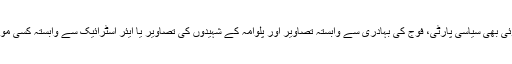
الیکشن کمیشن کی صاف ہدایت ہے کہ کوئی بھی سیاسی پارٹی، فوج کی بہادری سے وابستہ تصاویر اور پلوامہ کے شہیدوں کی تصاویر یا ایئر اسٹرائیک سے وابستہ کسی مواد کا استعمال انتخابی تشہیر میں نہ کریں۔